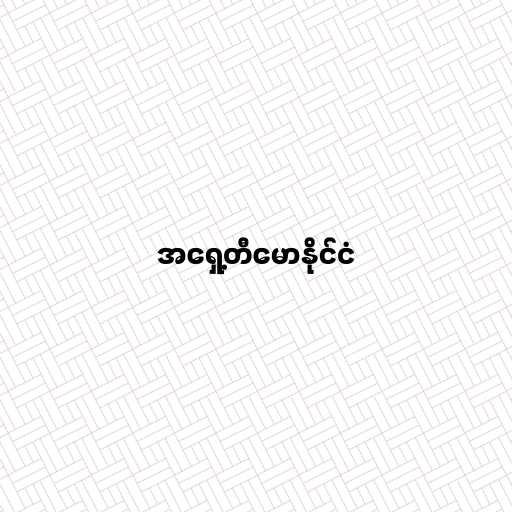
အရှေ့တီမောနိုင်ငံ